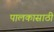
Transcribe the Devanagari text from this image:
पालकासाठी